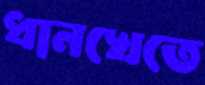
ধানখেতে